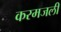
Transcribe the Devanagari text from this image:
करमजली